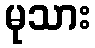
မုသား